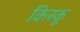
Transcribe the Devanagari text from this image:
किस्‍कू